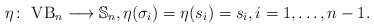
\begin{gather*} \eta\colon \ {\rm VB}_n \longrightarrow {\mathbb S}_n, \eta(\sigma_i)=\eta(s_i)=s_i,i= 1, \ldots,n-1.\end{gather*}